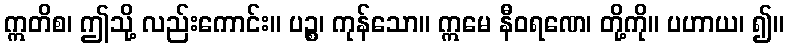
ဣတိစ၊ ဤသို့ လည်းကောင်း။ ပဉ္စ၊ ကုန်သော။ ဣမေ နီဝရဏေ၊ တို့ကို။ ပဟာယ၊ ၍။